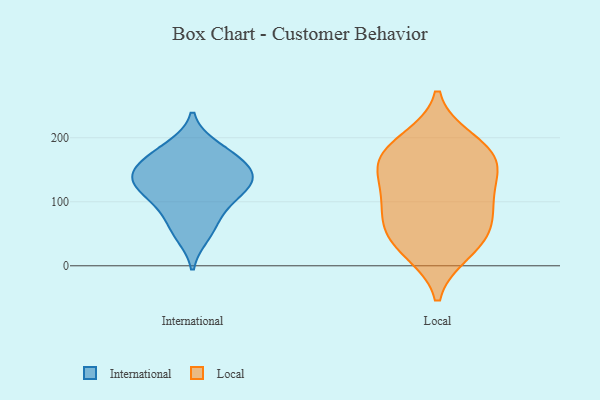
{"axis": {"x": "Gross Profit (USD K)", "y": "Value"}, "legend": ["International", "Local"], "data": [{"x": "", "y": 129, "type": "International"}, {"x": "", "y": 129, "type": "International"}, {"x": "", "y": 185, "type": "International"}, {"x": "", "y": 48, "type": "International"}, {"x": "", "y": 101, "type": "International"}, {"x": "", "y": 165, "type": "International"}, {"x": "", "y": 100, "type": "International"}, {"x": "", "y": 135, "type": "International"}, {"x": "", "y": 150, "type": "International"}, {"x": "", "y": 138, "type": "International"}, {"x": "", "y": 65, "type": "International"}, {"x": "", "y": 174, "type": "International"}, {"x": "", "y": 195, "type": "Local"}, {"x": "", "y": 178, "type": "Local"}, {"x": "", "y": 171, "type": "Local"}, {"x": "", "y": 32, "type": "Local"}, {"x": "", "y": 119, "type": "Local"}, {"x": "", "y": 62, "type": "Local"}, {"x": "", "y": 105, "type": "Local"}, {"x": "", "y": 151, "type": "Local"}, {"x": "", "y": 23, "type": "Local"}, {"x": "", "y": 89, "type": "Local"}, {"x": "", "y": 56, "type": "Local"}, {"x": "", "y": 162, "type": "Local"}]}